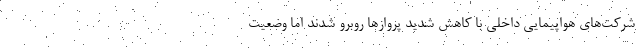
شرکت‌های هواپیمایی داخلی با کاهش شدید پروازها روبرو شدند اما وضعیت